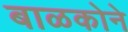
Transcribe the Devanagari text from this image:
बाळकोने